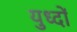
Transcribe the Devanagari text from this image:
युध्दों